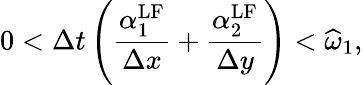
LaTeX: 0<\Delta t\left(\frac{\alpha_{1}^{\mathrm{{LF}}}}{\Delta x}+\frac{\alpha_{2}^{\mathrm{{LF}}}}{\Delta y}\right)<\widehat{\omega}_{1},